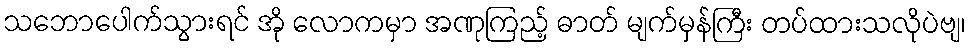
သဘောပေါက်သွားရင် အို လောကမှာ အဏုကြည့် ဓာတ် မျက်မှန်ကြီး တပ်ထားသလိုပဲဗျ၊